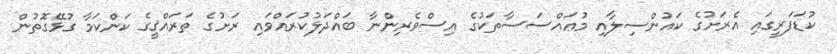
ކުޑަފަރީގައި އެރަށުގެ ކައުންސިލާއި މުޢައްސަސާތަކުގެ އިސްވެރިންނާ ބައްދަލުކުރައްވައި ރަށުގެ ތަރައްޤީގެ ކަންކަމާ ގުޅޭގޮތުން